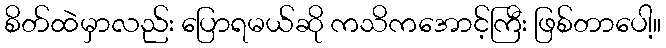
စိတ်ထဲမှာလည်း ပြောရမယ်ဆို ကသိကအောင့်ကြီး ဖြစ်တာပေါ့။